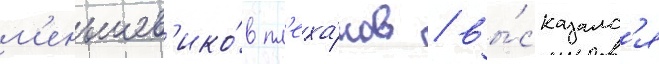
м'еньшев'ико́в пл'еха́нов / вы́сказалс'я